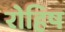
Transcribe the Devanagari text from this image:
रोहिष